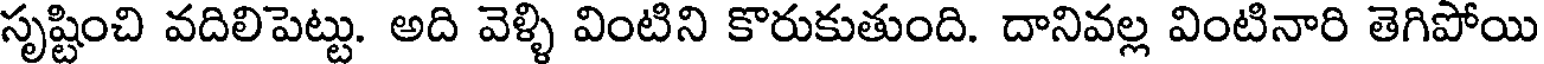
సృష్టించి వదిలిపెట్టు. అది వెళ్ళి వింటిని కొరుకుతుంది. దానివల్ల వింటినారి తెగిపోయి